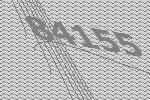
84155